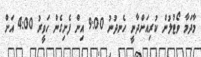
މާދަމާ ވޯޓުލުން ކުރިއަށްދާނީ ހެނދުނު 9:00 އިން ފެށިގެން ހަވީރު 4:00 އަށް